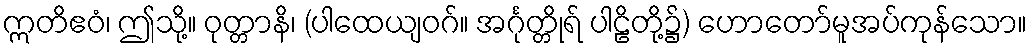
ဣတိဧဝံ၊ ဤသို့။ ဝုတ္တာနိ၊ (ပါထေယျဝဂ်။ အင်္ဂုတ္တိုရ် ပါဠိတို့၌) ဟောတော်မူအပ်ကုန်သော။